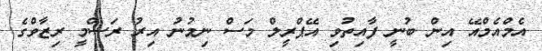
އެމްއެމްއޭ އިން ބުނީ ފާއިތުވި އޭޕްރީލް މަސް ނިމުނު އިރު ރަސްމީ ރިޒާވްގެ